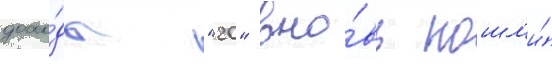
дохо́ды "20" вно́вь пошл'и́